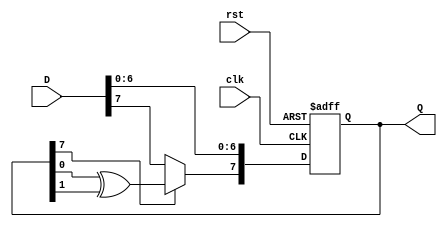
module feedback_register #(
    parameter WIDTH = 8,         // Width of the register
    parameter INIT_STATE = 8'b00000000 // Initial state of the register
)(
    input wire clk,              // Clock input
    input wire rst,              // Asynchronous reset
    input wire [WIDTH-1:0] D,    // Data input
    output reg [WIDTH-1:0] Q      // Current state output
);

    // Internal state variable
    reg [WIDTH-1:0] next_state;

    // Feedback logic (example: XOR of the first two bits of Q)
    wire feedback;
    assign feedback = Q[0] ^ Q[1]; // Example feedback logic

    // State update logic
    always @(*) begin
        // Determine the next state based on feedback and data input
        next_state = D; // Default to data input
        if (Q[WIDTH-1] == 1'b1) begin // Example condition for feedback
            next_state[WIDTH-1] = feedback; // Modify the most significant bit based on feedback
        end
    end

    // Sequential logic for state update
    always @(posedge clk or posedge rst) begin
        if (rst) begin
            Q <= INIT_STATE; // Reset to initial state
        end else begin
            Q <= next_state; // Update state on clock edge
        end
    end

endmodule